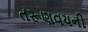
તરૂણવયની